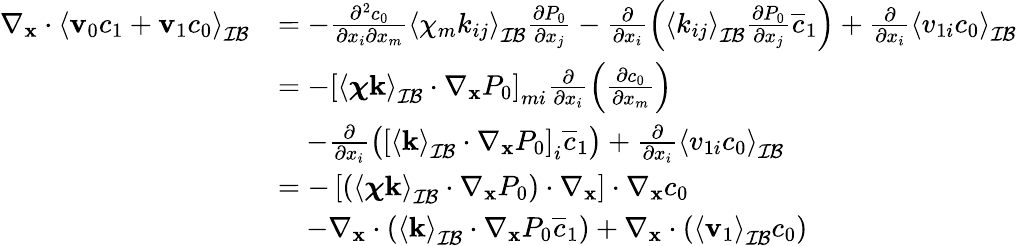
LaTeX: \begin{array}{rl}{\nabla_{\mathbf x}\cdot\left\langle\mathbf v_{0}c_{1}+\mathbf v_{1}c_{0}\right\rangle_{\mathcal{IB}}}&{=-\frac{\partial^{2}c_{0}}{\partial x_{i}\partial x_{m}}\left\langle\chi_{m}k_{ij}\right\rangle_{\mathcal{IB}}\frac{\partial P_{0}}{\partial x_{j}}-\frac{\partial}{\partial x_{i}}\left(\left\langle k_{ij}\right\rangle_{\mathcal{IB}}\frac{\partial P_{0}}{\partial x_{j}}\overline{{c}}_{1}\right)+\frac{\partial}{\partial x_{i}}\left\langle v_{1i}c_{0}\right\rangle_{\mathcal{IB}}}\\ &{=-\left[\left\langle\boldsymbol\chi\mathbf k\right\rangle_{\mathcal{IB}}\cdot\nabla_{\mathbf x}P_{0}\right]_{mi}\frac{\partial}{\partial x_{i}}\left(\frac{\partial c_{0}}{\partial x_{m}}\right)}\\ &{\quad-\frac{\partial}{\partial x_{i}}\left(\left[\left\langle\mathbf k\right\rangle_{\mathcal{IB}}\cdot\nabla_{\mathbf x}P_{0}\right]_{i}\overline{{c}}_{1}\right)+\frac{\partial}{\partial x_{i}}\left\langle v_{1i}c_{0}\right\rangle_{\mathcal{IB}}}\\ &{=-\left[\left(\left\langle\boldsymbol\chi\mathbf k\right\rangle_{\mathcal{IB}}\cdot\nabla_{\mathbf x}P_{0}\right)\cdot\nabla_{\mathbf x}\right]\cdot\nabla_{\mathbf x}c_{0}}\\ &{\quad-\nabla_{\mathbf x}\cdot\left(\left\langle\mathbf k\right\rangle_{\mathcal{IB}}\cdot\nabla_{\mathbf x}P_{0}\overline{{c}}_{1}\right)+\nabla_{\mathbf x}\cdot\left(\left\langle\mathbf v_{1}\right\rangle_{\mathcal{IB}}c_{0}\right)}\end{array}